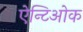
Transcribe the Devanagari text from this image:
ऐन्टिओक